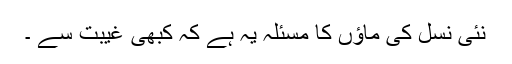
نئی نسل کی ماؤں کا مسئلہ یہ ہے کہ کبھی غیبت سے ۔